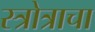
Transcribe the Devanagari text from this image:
स्त्रोत्राचा